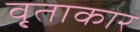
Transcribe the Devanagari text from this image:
वृ्ताकार